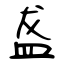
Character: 盋